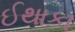
ઈથાકા